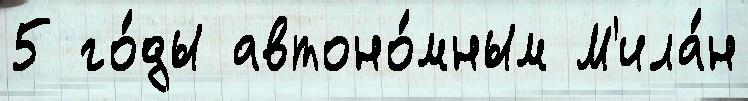
5 го́ды автоно́мным М'ила́н